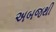
અબજથી